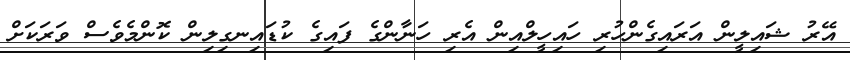
އޭރު ޝައިލީން އަރައިގެންހުރި ހައިހީލްއިން އެރި ހަނާންގެ ފައިގެ ކުޑައިނގިލިން ކޮންމެވެސް ވަރަކަށް